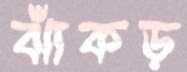
ঝাঁকড়